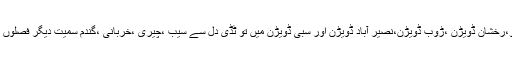
زیارت ،کچھی ،کوہلو،رخشان ڈویڑن ،ڑوب ڈویڑن،نصیر آباد ڈویڑن اور سبی ڈویڑن میں تو ٹڈی دل سے سیب ،چیری ،خربانی ،گندم سمیت دیگر فصلوں کو شدیدنقصان پہنچا ۔